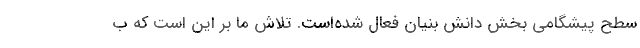
سطح پیشگامی بخش دانش ­بنیان فعال شده‌است. تلاش ما بر این است که ب